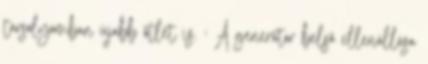
tarsolyomban újabb ötlet is. : A generátor belsõ ellenállása